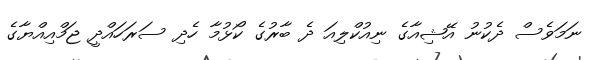
ނަމަވެސް ދެކުނު އޭޝިއާގެ ނިއުކްލިއަ ދެ ބާރުގެ ކޯޅުމާ ހެދި ސަރަހައްދީ ޖަމްއިއްޔާގެ